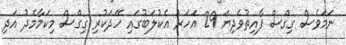
ނަމަވެސް ގިގްސް ފާއިތުވެދިޔަ 29 އަހަރު އެކުލަބުގައި ހޭދަކުރި ގިގްސް މިކަމާމެދު އަދި